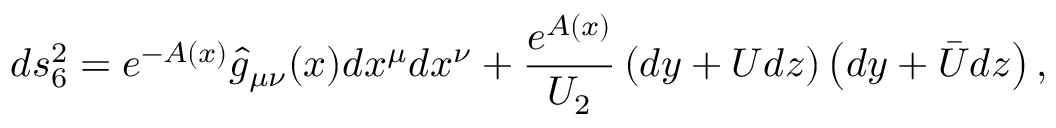
d s _ { 6 } ^ { 2 } = e ^ { - A ( x ) } \hat { g } _ { \mu \nu } ( x ) d x ^ { \mu } d x ^ { \nu } + \frac { e ^ { A ( x ) } } { U _ { 2 } } \left( d y + U d z \right) \left( d y + \bar { U } d z \right) ,